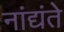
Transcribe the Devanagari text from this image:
नांद्यंते